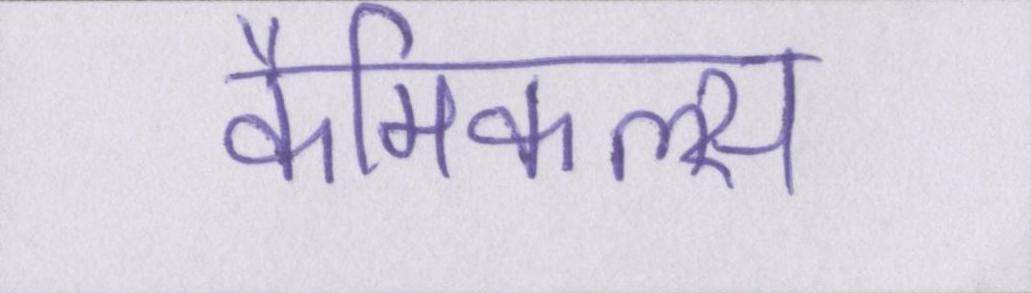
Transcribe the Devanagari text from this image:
कैमिकल्स